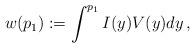
LaTeX: \begin{align*}w(p_1):=\int^{p_1}I(y)V(y)dy\,,\end{align*}